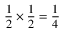
{ \frac { 1 } { 2 } } \times { \frac { 1 } { 2 } } = { \frac { 1 } { 4 } }